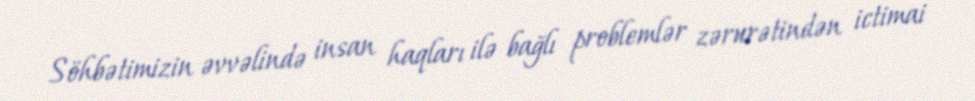
Söhbətimizin əvvəlində insan haqları ilə bağlı problemlər zərurətindən ictimai